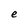
Character: e